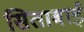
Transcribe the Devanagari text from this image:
सिताबाई